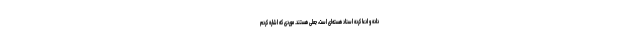
داده و ادعا کرده اسناد هسته‌ای است، جعلی هستند. موردی که اشاره کردم